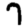
Digit: 7